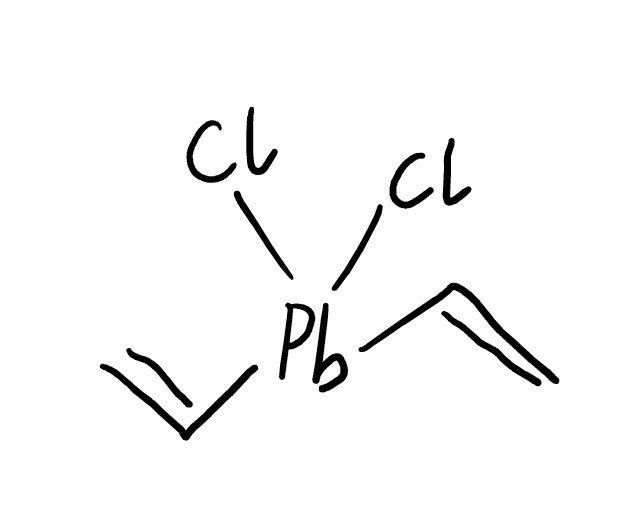
Simplified molecular-input line-entry system (SMILES) notation of the given molecule:
C=C[Pb](C=C)(Cl)Cl